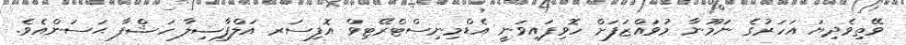
ވޭތިވެދިޔަ އަހަރުގެ ނަމޫނާ މުވައްޒަފަށް ހޮވިފައިވަނީ އެޑްމިނިސްޓްރޭޓިވް އޮފިސަރ އަލްފާޟިލާ ހަޝްފާ ޙަސަންއެވެ.